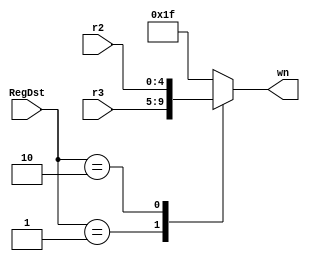
module regWriteMUX (r2,r3, RegDst, wn);
    input [4:0] r2;
    input [4:0] r3;
    input [1:0]RegDst;
   
    output reg[4:0] wn;
    
    always @* begin
        wn = 5'd31;
        case (RegDst)
        2'b01: wn = r3;
        2'b10: wn = r2;
        endcase
    end
endmodule